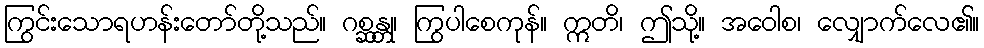
ကြွင်းသောရဟန်းတော်တို့သည်။ ဂစ္ဆန္တု၊ ကြွပါစေကုန်။ ဣတိ၊ ဤသို့။ အဝေါစ၊ လျှောက်လေ၏။